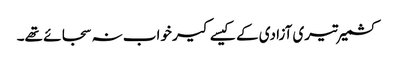
کشمیر تیری آزادی کے کیسے کیر خواب نہ سجائے تھے۔